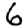
Digit: 6